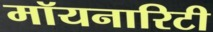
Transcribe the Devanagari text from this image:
मॉयनारिटी